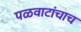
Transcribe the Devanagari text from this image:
पळवाटांचाच